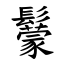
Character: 䰒